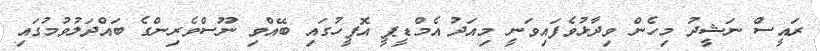
ރައީސް ނަޝީދު މިހެން ވިދާޅުވެފައިވަނީ މިއަދު އެމްޑީޕީ އޮފީހުގައި ބޭއްވި ނޫސްވެރިންގެ ބައްދަލުވުމުގައި